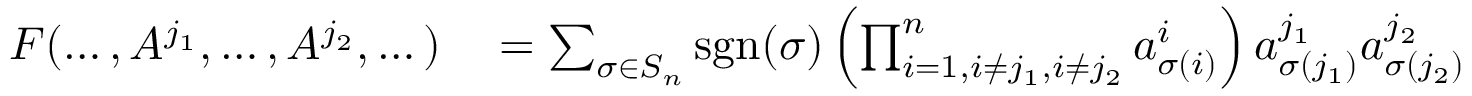
\begin{array} { r l } { F ( \dots , A ^ { j _ { 1 } } , \dots , A ^ { j _ { 2 } } , \dots ) } & { { } = \sum _ { \sigma \in S _ { n } } \operatorname { s g n } ( \sigma ) \left( \prod _ { i = 1 , i \neq j _ { 1 } , i \neq j _ { 2 } } ^ { n } a _ { \sigma ( i ) } ^ { i } \right) a _ { \sigma ( j _ { 1 } ) } ^ { j _ { 1 } } a _ { \sigma ( j _ { 2 } ) } ^ { j _ { 2 } } } \end{array}